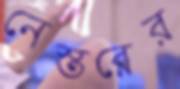
নেস্তরের